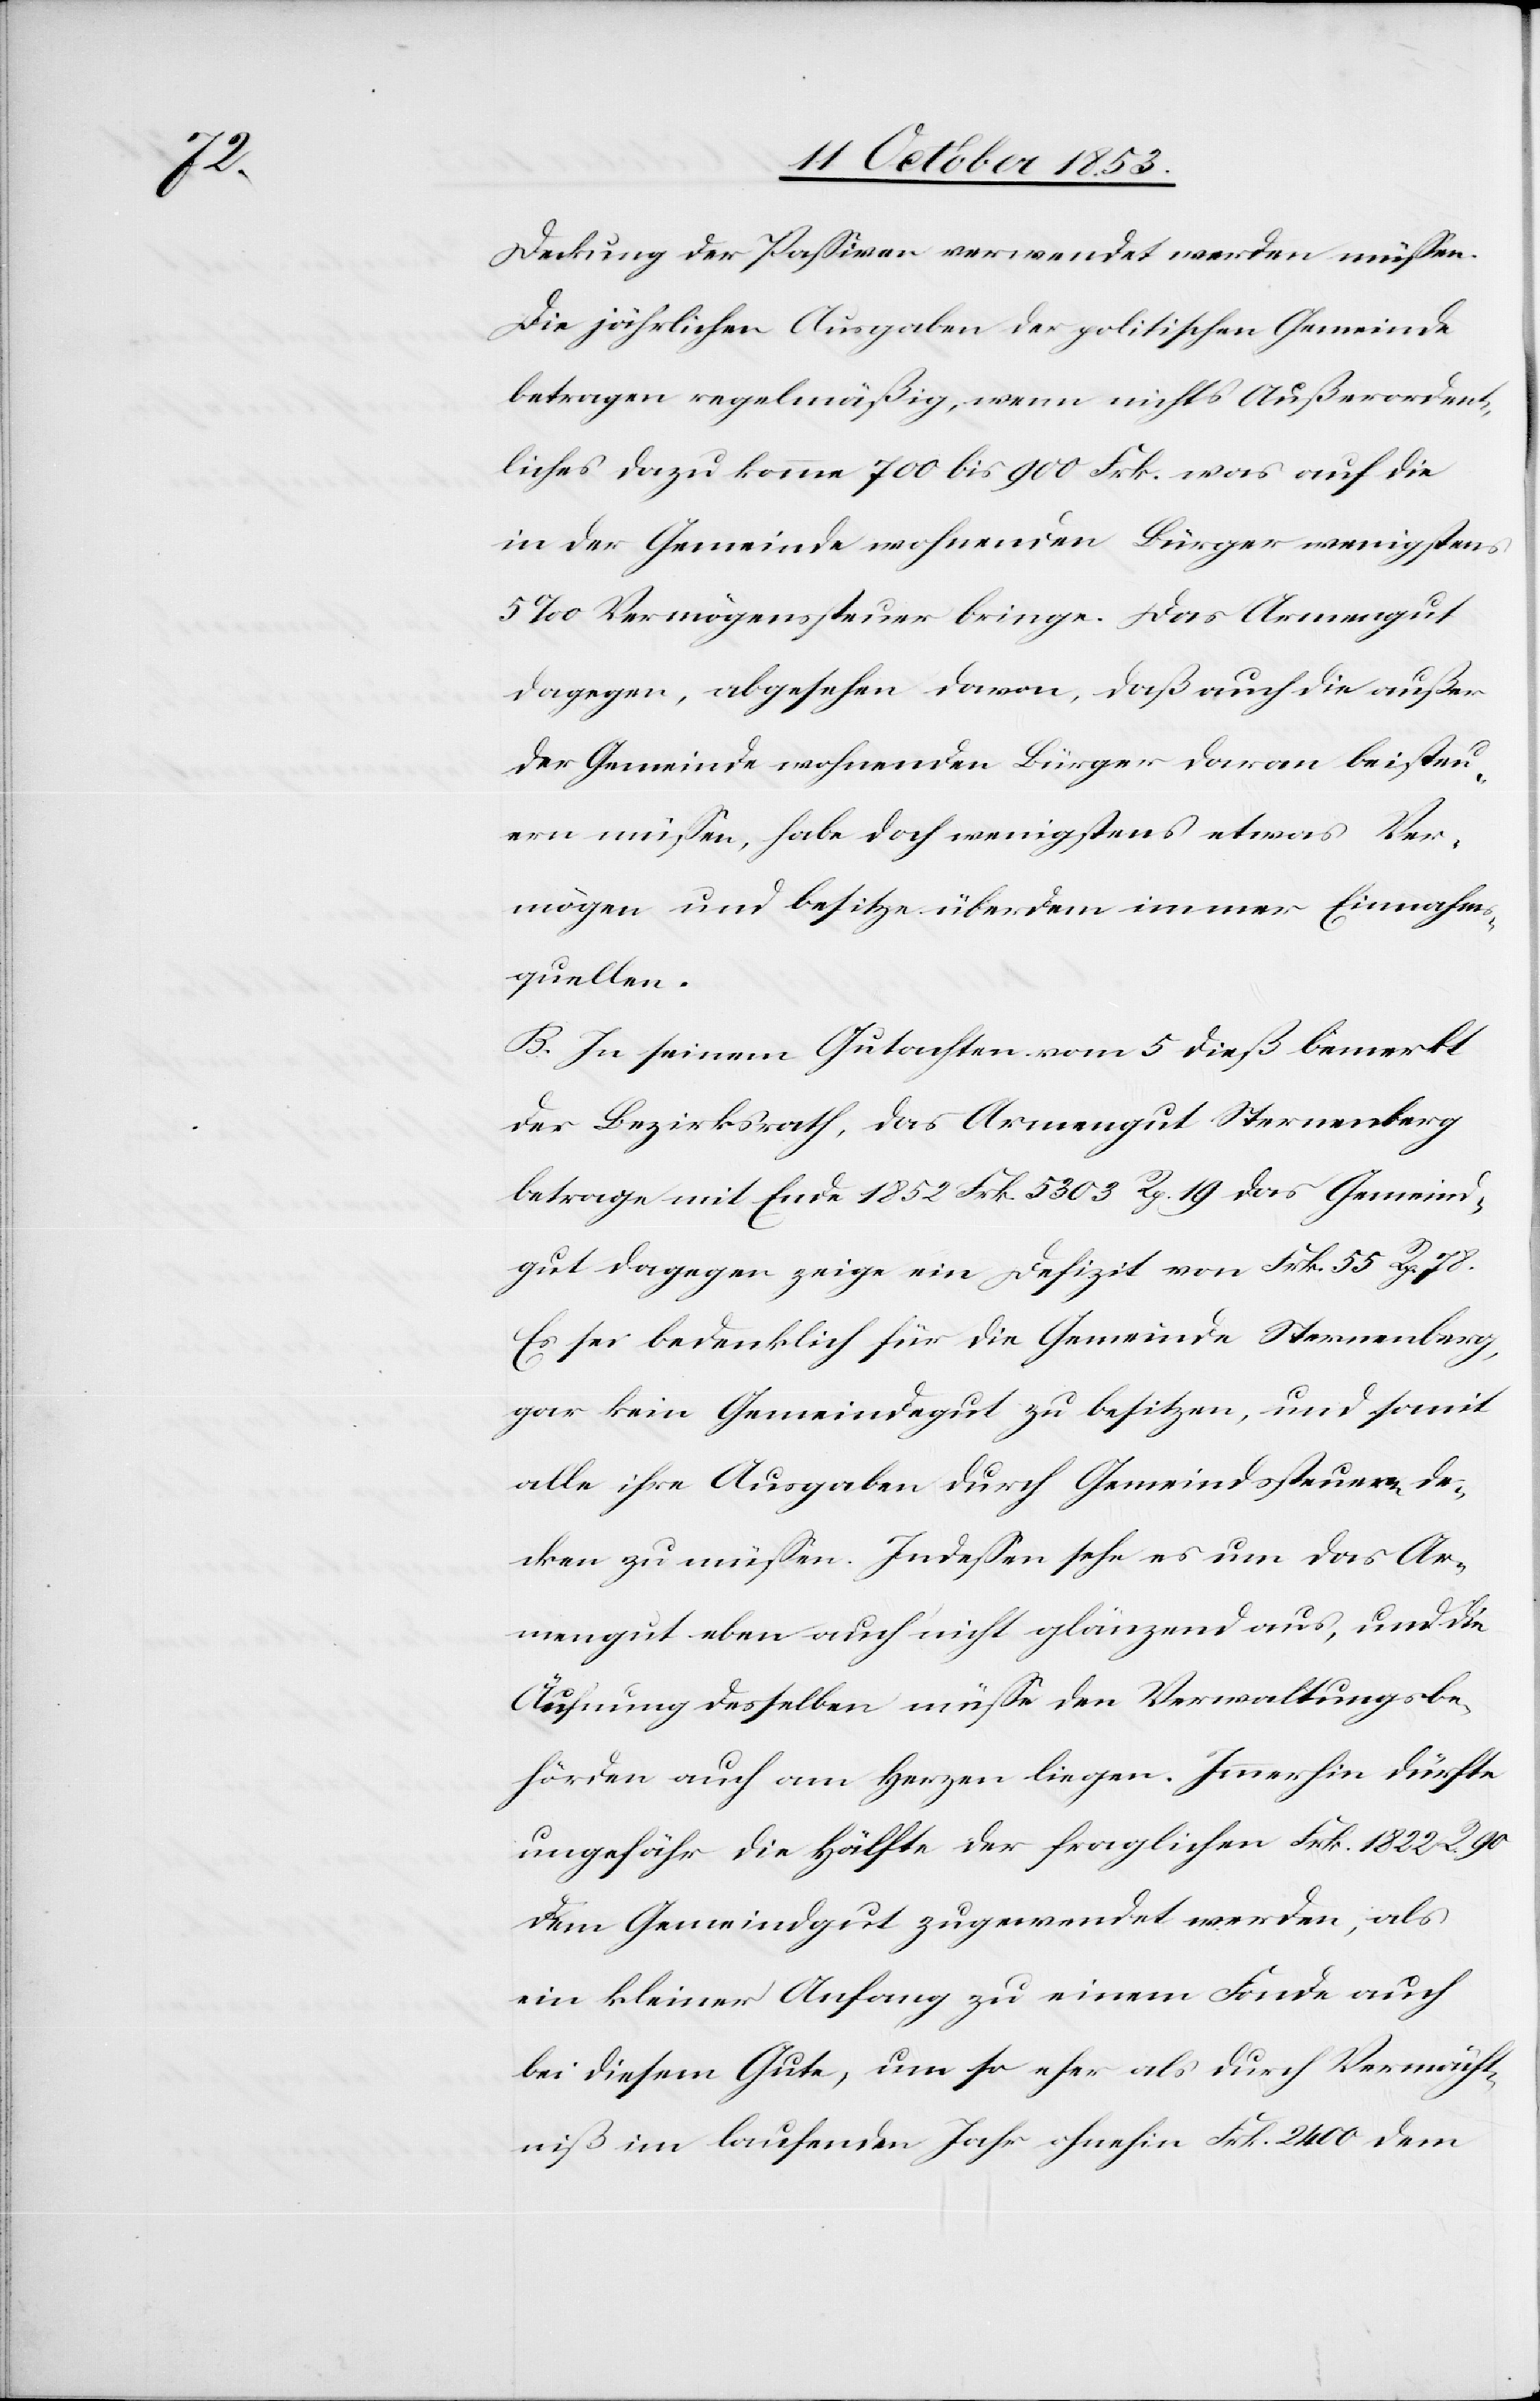
Deckung der Paßiven verwendet werden müßen.
Die jährlichen Ausgaben der politischen Gemeinde
betragen regelmäßig, wenn nichts Außerordent¬
liches dazu komme 700 bis 900 Frk. was auf die
in der Gemeinde wohnenden Bürger wenigstens
5‰ Vermögenssteuer bringe. Das Armengut
dagegen, abgesehen davon, daß auch die außer
der Gemeinde wohnenden Bürger daran beisteu¬
ern müßen, habe doch wenigstens etwas Ver¬
mögen und besitze überdem immer Einnahms¬
quellen.
B. In seinem Gutachten vom 5 dieß bemerkt
der Bezirksrath, das Armengut Sternenberg
betrage mit Ende 1852 Frk. 5303 Rp. 19 das Gemeind¬
gut dagegen zeige ein Defizit von Frk. 55 Rp. 78.
Es sei bedenklich für die Gemeinde Sternenberg,
gar kein Gemeindgut zu besitzen, und somit
alle ihre Ausgaben durch Gemeindssteuern de¬
cken zu müßen. Indeßen sehe es um das Ar¬
mengut eben auch nicht glänzend aus, und die
Äufnung desselben müße den Verwaltungsbe¬
hörden auch am Herzen liegen. Immerhin dürfte
ungefähr die Hälfte der fraglichen Frk. 1822 R. 90
dem Gemeindgut zugewendet werden, als
ein kleiner Anfang zu einem Fonde auch
bei diesem Gute, um so eher als durch Vermächt¬
niß im laufenden Jahr ohnehin Frk. 2400 dem